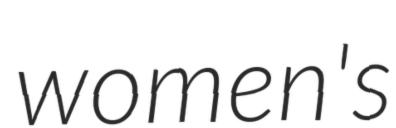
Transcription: women's